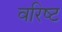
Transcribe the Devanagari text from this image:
वरिष्‍ट